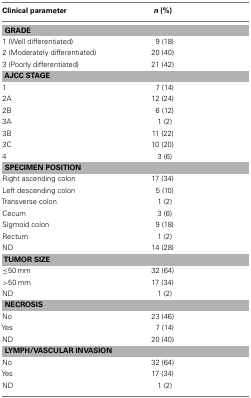
<table><thead><tr><td><b>Clinical parameter</b></td><td><b><i>n</i> (%)</b></td></tr></thead><tbody><tr><td colspan="2"><b>GRADE</b></td></tr><tr><td>1 (Well differentiated)</td><td>9 (18)</td></tr><tr><td>2 (Moderately differentiated)</td><td>20 (40)</td></tr><tr><td>3 (Poorly differentiated)</td><td>21 (42)</td></tr><tr><td colspan="2"><b>AJCC STAGE</b></td></tr><tr><td>1</td><td>7 (14)</td></tr><tr><td>2A</td><td>12 (24)</td></tr><tr><td>2B</td><td>6 (12)</td></tr><tr><td>3A</td><td>1 (2)</td></tr><tr><td>3B</td><td>11 (22)</td></tr><tr><td>3C</td><td>10 (20)</td></tr><tr><td>4</td><td>3 (6)</td></tr><tr><td colspan="2"><b>SPECIMEN POSITION</b></td></tr><tr><td>Right ascending colon</td><td>17 (34)</td></tr><tr><td>Left descending colon</td><td>5 (10)</td></tr><tr><td>Transverse colon</td><td>1 (2)</td></tr><tr><td>Cecum</td><td>3 (6)</td></tr><tr><td>Sigmoid colon</td><td>9 (18)</td></tr><tr><td>Rectum</td><td>1 (2)</td></tr><tr><td>ND</td><td>14 (28)</td></tr><tr><td colspan="2"><b>TUMOR SIZE</b></td></tr><tr><td>≤50 mm</td><td>32 (64)</td></tr><tr><td>&gt;50 mm</td><td>17 (34)</td></tr><tr><td>ND</td><td>1 (2)</td></tr><tr><td colspan="2"><b>NECROSIS</b></td></tr><tr><td>No</td><td>23 (46)</td></tr><tr><td>Yes</td><td>7 (14)</td></tr><tr><td>ND</td><td>20 (40)</td></tr><tr><td colspan="2"><b>LYMPH/VASCULAR INVASION</b></td></tr><tr><td>No</td><td>32 (64)</td></tr><tr><td>Yes</td><td>17 (34)</td></tr><tr><td>ND</td><td>1 (2)</td></tr></tbody></table>